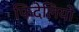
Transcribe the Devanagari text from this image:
फिदेलियो